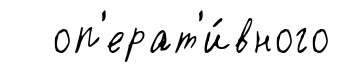
оп'ерат'и́вного